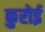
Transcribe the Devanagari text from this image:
कुरोई